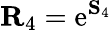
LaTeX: \mathbf{R}_{4}=\mathrm{e}^{\mathbf{S}_{4}}